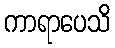
ကာရာပေသိ